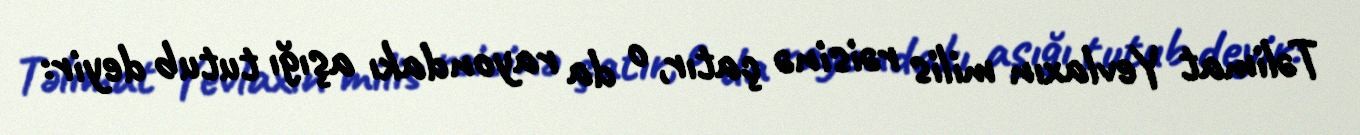
Təlimat Yevlaxın milis rəisinə çatır, o da rayondakı aşığı tutub deyir: